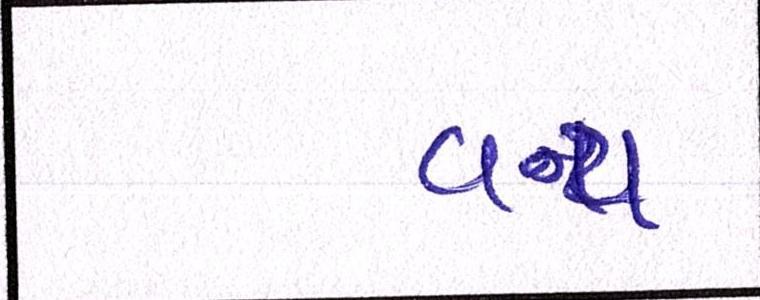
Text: વન્ય